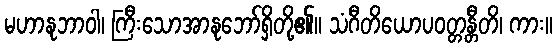
မဟာနုဘာဝါ၊ ကြီးသောအာနုဘော်ရှိတို့၏။ သံဂီတိယောပဝတ္တန္တီတိ၊ ကား။